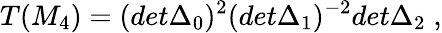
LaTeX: T(M_{4})=(det\Delta_{0})^{2}(det\Delta_{1})^{-2}det\Delta_{2}\; ,